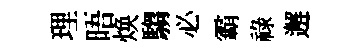
理晤焕騶必霸祿邂